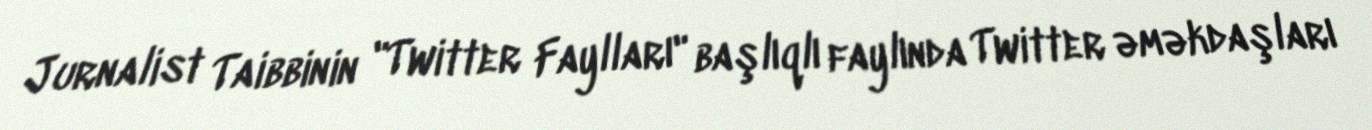
Jurnalist Taibbinin "Twitter Faylları" başlıqlı faylında Twitter əməkdaşları